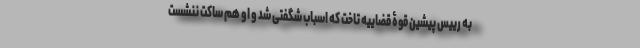
به رییس پیشین قوۀ قضاییه تاخت که اسباب شگفتی شد و او هم ساکت ننشست